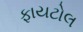
ફાયટોલ